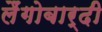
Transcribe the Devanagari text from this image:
लैंगोबार्दी